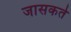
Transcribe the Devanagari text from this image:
जासकते